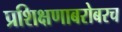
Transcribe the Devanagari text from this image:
प्रशिक्षणाबरोबरच